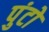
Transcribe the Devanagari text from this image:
पुंटो